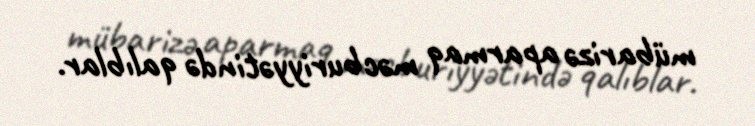
mübarizə aparmaq məcburiyyətində qalıblar.